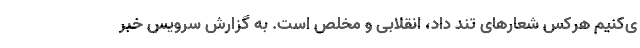
ی‌کنیم هرکس شعارهای تند داد، انقلابی و مخلص است. به گزارش سرویس خبر